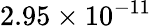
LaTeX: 2.95\times 10^{-11}